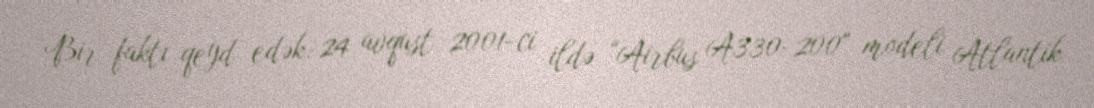
Bir faktı qeyd edək: 24 avqust 2001-ci ildə “Airbus A330-200" modeli Atlantik